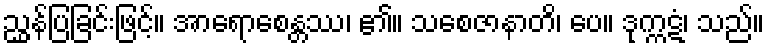
ညွှန်ပြခြင်းဖြင့်။ အာရောစေန္တဿ၊ ၏။ သစေဇာနာတိ၊ ပေ။ ဒုက္ကဋံ၊ သည်။